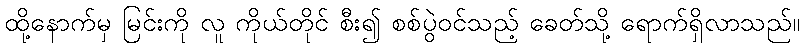
ထို့နောက်မှ မြင်းကို လူ ကိုယ်တိုင် စီး၍ စစ်ပွဲဝင်သည့် ခေတ်သို့ ရောက်ရှိလာသည်။